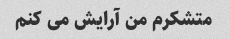
متشکرم من آرایش می کنم